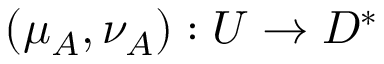
( \mu _ { A } , \nu _ { A } ) : U \to D ^ { * }